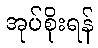
အုပ်စိုးရန်